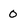
Character: 0